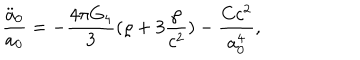
LaTeX: { \frac { \ddot { a } _ { 0 } } { a _ { 0 } } } = - { \frac { 4 \pi G _ { 4 } } { 3 } } ( \varrho + 3 { \frac { \wp } { c ^ { 2 } } } ) - { \frac { C c ^ { 2 } } { a _ { 0 } ^ { 4 } } } ,